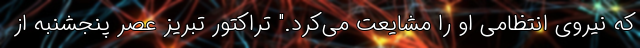
که نیروی انتظامی او را مشایعت می‌کرد." تراکتور تبریز عصر پنجشنبه از